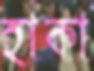
হাকা